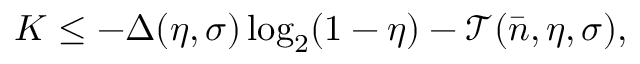
K \leq - \Delta ( \eta , \sigma ) \log _ { 2 } ( 1 - \eta ) - \mathcal { T } ( \bar { n } , \eta , \sigma ) ,